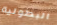
البطولية